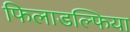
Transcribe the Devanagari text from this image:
फिलाडल्फिया